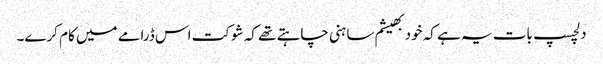
دلچسپ بات یہ ہے کہ خود بھیشم ساہنی چاہتے تھے کہ شوکت اس ڈرامے میں کام کرے۔